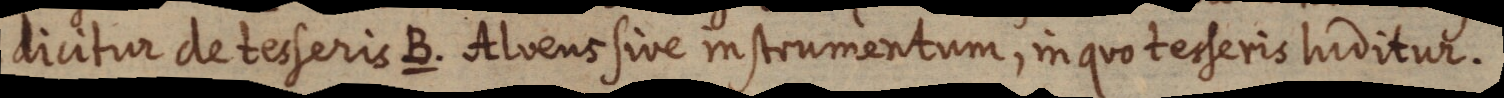
dicitur deterseris B. Alvens sive instrumentum, in quo tesferis luditur.